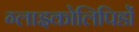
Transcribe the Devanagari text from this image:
ग्लाइकोलिपिडों